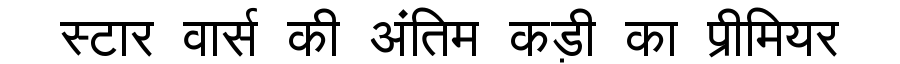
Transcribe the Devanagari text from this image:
स्टार वार्स की अंतिम कड़ी का प्रीमियर